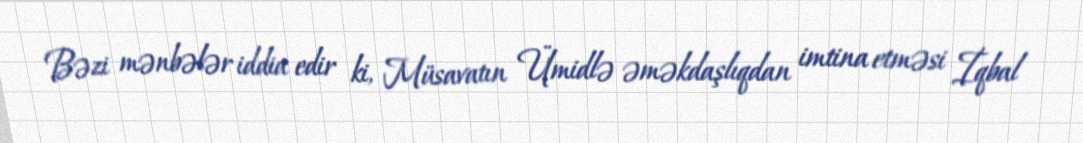
Bəzi mənbələr iddia edir ki, Müsavatın Ümidlə əməkdaşlıqdan imtina etməsi İqbal